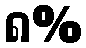
၈%